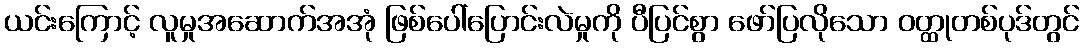
ယင်းကြောင့် လူမှုအဆောက်အအုံ ဖြစ်ပေါ်ပြောင်းလဲမှုကို ပီပြင်စွာ ဖော်ပြလိုသော ဝတ္ထုတစ်ပုဒ်တွင်